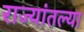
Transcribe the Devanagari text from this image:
राज्यांतल्या